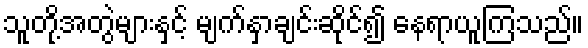
သူတို့အတွဲများနှင့် မျက်နှာချင်းဆိုင်၍ နေရာယူကြသည်။